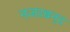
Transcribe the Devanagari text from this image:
नजरबन्‍द